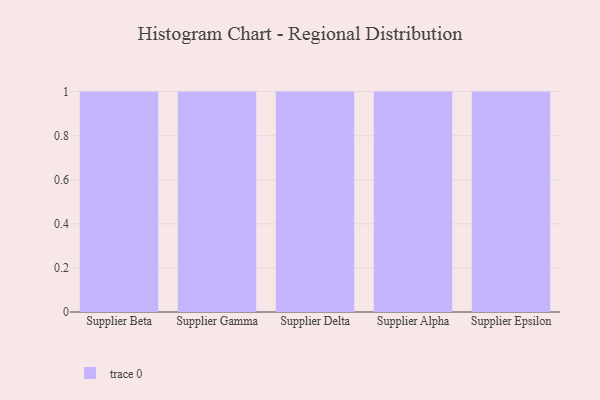
{"axis": {"x": "Supplier", "y": "Humidity (%)"}, "legend": [""], "data": [{"x": "Supplier Beta", "y": 47, "type": ""}, {"x": "Supplier Gamma", "y": 79, "type": ""}, {"x": "Supplier Delta", "y": 43, "type": ""}, {"x": "Supplier Alpha", "y": 10, "type": ""}, {"x": "Supplier Epsilon", "y": 79, "type": ""}]}